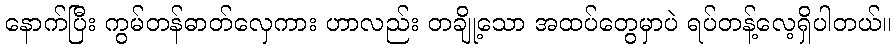
နောက်ပြီး ကွမ်တန်ဓာတ်လှေကား ဟာလည်း တချို့သော အထပ်တွေမှာပဲ ရပ်တန့်လေ့ရှိပါတယ်။